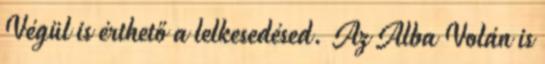
Végül is érthető a lelkesedésed. Az Alba Volán is